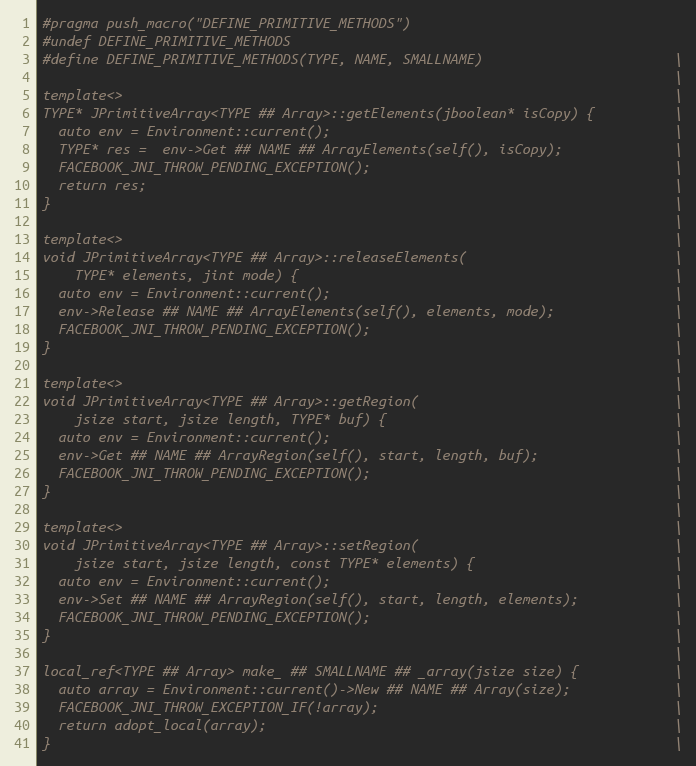
Language: C++
#pragma push_macro("DEFINE_PRIMITIVE_METHODS")
#undef DEFINE_PRIMITIVE_METHODS
#define DEFINE_PRIMITIVE_METHODS(TYPE, NAME, SMALLNAME)                        \
                                                                               \
template<>                                                                     \
TYPE* JPrimitiveArray<TYPE ## Array>::getElements(jboolean* isCopy) {          \
  auto env = Environment::current();                                           \
  TYPE* res =  env->Get ## NAME ## ArrayElements(self(), isCopy);              \
  FACEBOOK_JNI_THROW_PENDING_EXCEPTION();                                      \
  return res;                                                                  \
}                                                                              \
                                                                               \
template<>                                                                     \
void JPrimitiveArray<TYPE ## Array>::releaseElements(                          \
    TYPE* elements, jint mode) {                                               \
  auto env = Environment::current();                                           \
  env->Release ## NAME ## ArrayElements(self(), elements, mode);               \
  FACEBOOK_JNI_THROW_PENDING_EXCEPTION();                                      \
}                                                                              \
                                                                               \
template<>                                                                     \
void JPrimitiveArray<TYPE ## Array>::getRegion(                                \
    jsize start, jsize length, TYPE* buf) {                                    \
  auto env = Environment::current();                                           \
  env->Get ## NAME ## ArrayRegion(self(), start, length, buf);                 \
  FACEBOOK_JNI_THROW_PENDING_EXCEPTION();                                      \
}                                                                              \
                                                                               \
template<>                                                                     \
void JPrimitiveArray<TYPE ## Array>::setRegion(                                \
    jsize start, jsize length, const TYPE* elements) {                         \
  auto env = Environment::current();                                           \
  env->Set ## NAME ## ArrayRegion(self(), start, length, elements);            \
  FACEBOOK_JNI_THROW_PENDING_EXCEPTION();                                      \
}                                                                              \
                                                                               \
local_ref<TYPE ## Array> make_ ## SMALLNAME ## _array(jsize size) {            \
  auto array = Environment::current()->New ## NAME ## Array(size);             \
  FACEBOOK_JNI_THROW_EXCEPTION_IF(!array);                                     \
  return adopt_local(array);                                                   \
}                                                                              \